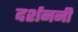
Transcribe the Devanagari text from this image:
दर्शननी